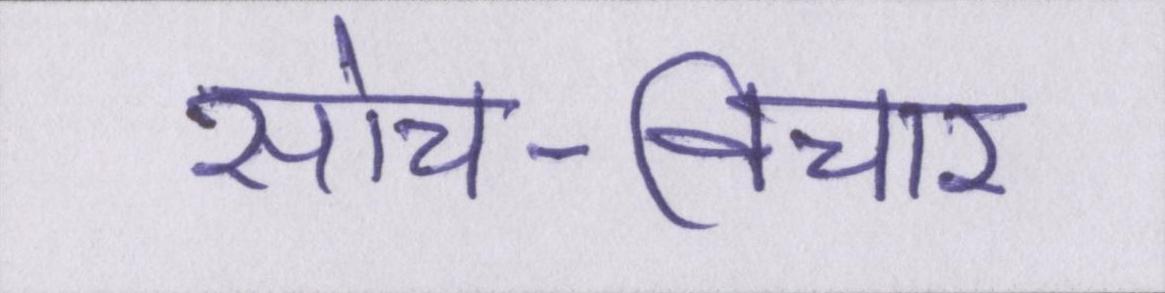
सोच-विचार